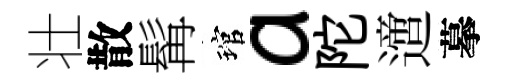
壮散髯琯a陀𨗁摹